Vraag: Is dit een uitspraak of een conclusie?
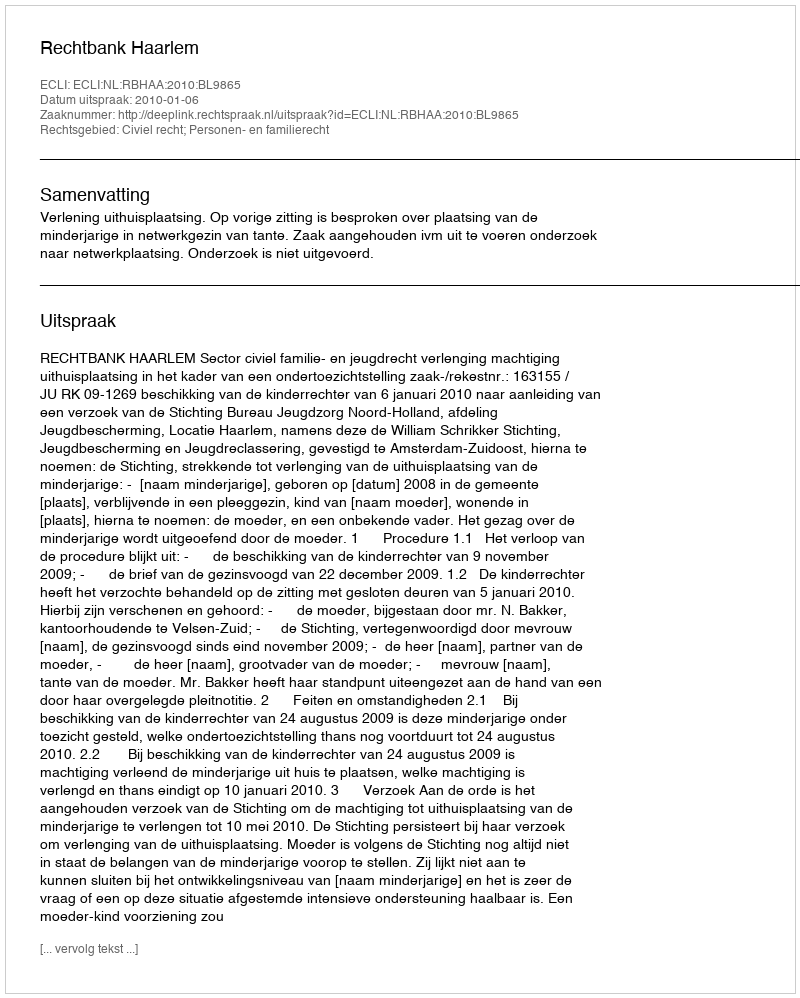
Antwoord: Uitspraak